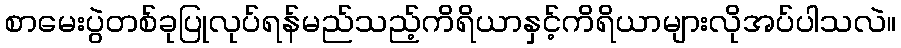
စာမေးပွဲတစ်ခုပြုလုပ်ရန်မည်သည့်ကိရိယာနှင့်ကိရိယာများလိုအပ်ပါသလဲ။